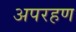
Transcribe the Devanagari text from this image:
अपरहण